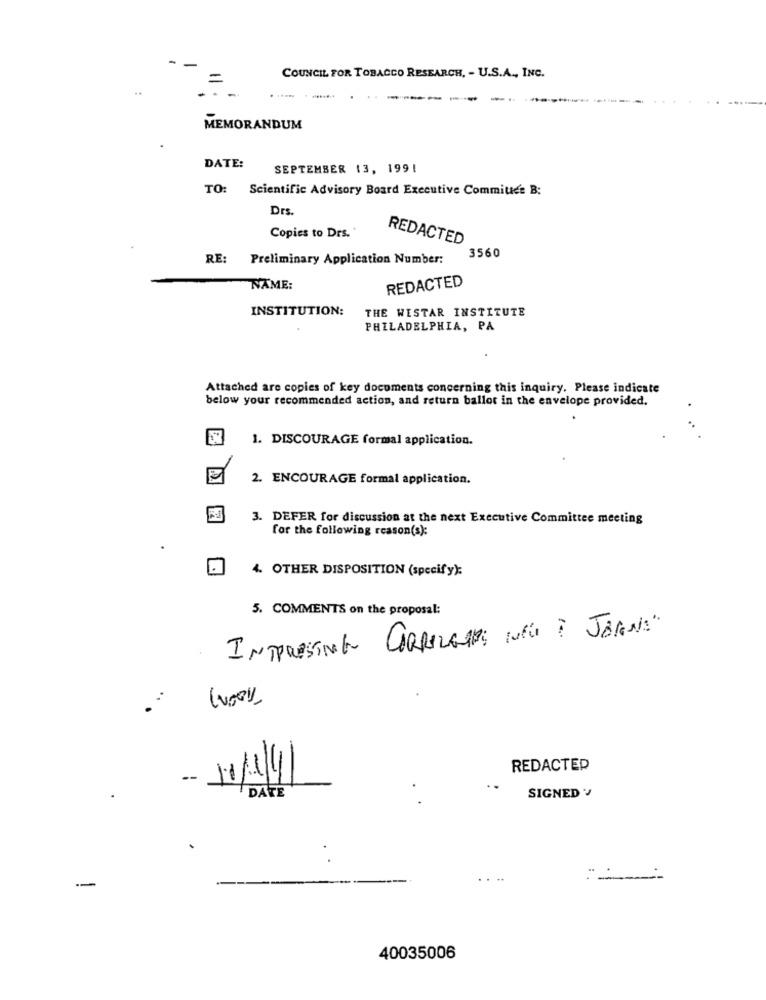
COUNCIL FOR TOBACCO RESEARCH, - U.S.A ., INC.
MEMORANDUM
DATE:
SEPTEMBER 13, 1991
TO: Scientific Advisory Board Executive Committee B:
Drs.
Copies to Drs.
REDACTED
3560
RE: Preliminary Application Number:
REDACTED
NAME:
INSTITUTION:
THE WISTAR INSTITUTE
PHILADELPHIA, PA
Attached are copies of key documents concerning this inquiry. Please indicate
below your recommended action, and return ballot in the envelope provided.
1. DISCOURAGE formal application.
2. ENCOURAGE formal application.
3. DEFER for discussion at the next Executive Committee meeting
for the following reason(s):
4. OTHER DISPOSITION (specify):
5. COMMENTS on the proposal:
INTRESTING CORRALGADE INFO I JORN!"
REDACTED
DATE
SIGNED
-
40035006